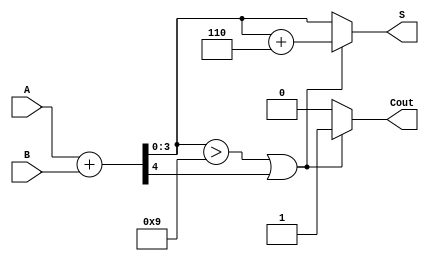
module bcd_ripple_carry_adder (
    input [3:0] A,      // BCD digit A
    input [3:0] B,      // BCD digit B
    output reg [3:0] S, // BCD sum output
    output reg Cout      // Carry out indicating overflow
);
    wire [4:0] sum;     // Intermediate sum with carry
    wire carry_out;      // Carry out from the most significant bit

    // Full Adder Logic
    assign sum = {1'b0, A} + {1'b0, B};

    // Determine the carry out from the most significant bit
    assign carry_out = sum[4];

    // Check for BCD correction
    always @(*) begin
        if (sum[3:0] > 4'b1001 || carry_out) begin
            S = sum[3:0] + 4'b0110; // Add 6 for correction
            Cout = 1'b1;             // Set carry out
        end else begin
            S = sum[3:0];            // No correction needed
            Cout = 1'b0;             // No carry out
        end
    end
endmodule